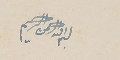
بسم الله الرحمن الرحيم